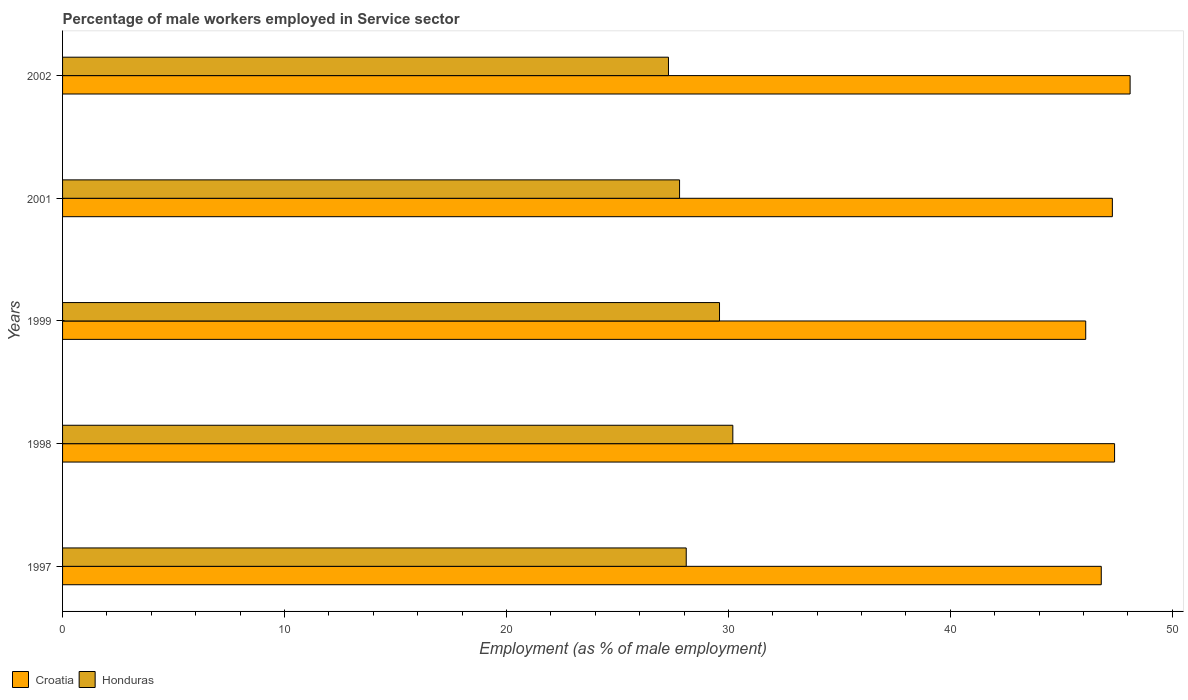
| Years | Croatia | Honduras |
 | --- | --- | --- |
 | 1997 | 46.8 | 28.1 |
 | 1998 | 47.4 | 30.2 |
 | 1999 | 46.1 | 29.6 |
 | 2001 | 47.3 | 27.8 |
 | 2002 | 48.1 | 27.3 |